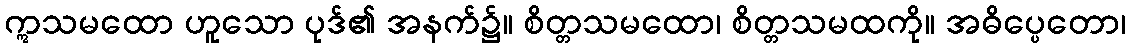
ဣသမထော ဟူသော ပုဒ်၏ အနက်၌။ စိတ္တသမထော၊ စိတ္တသမထကို။ အဓိပ္ပေတော၊